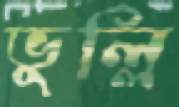
ভুল্লি